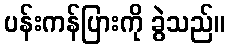
ပန်းကန်ပြားကို ခွဲသည်။